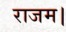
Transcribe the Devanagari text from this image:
राजम।